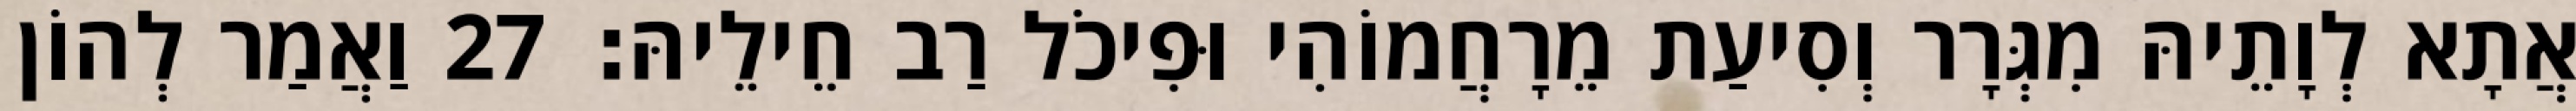
אֲתָא לְוָתֵיהּ מִגְּרָר וְסִיעַת מֵרָחֲמוֹהִי וּפִיכֹל רַב חֵילֵיהּ׃ 27 וַאֲמַר לְהוֹן